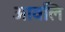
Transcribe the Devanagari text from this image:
आवलि